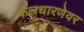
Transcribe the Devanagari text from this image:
फलधारणेवर